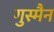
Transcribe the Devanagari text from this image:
गुस्मैन